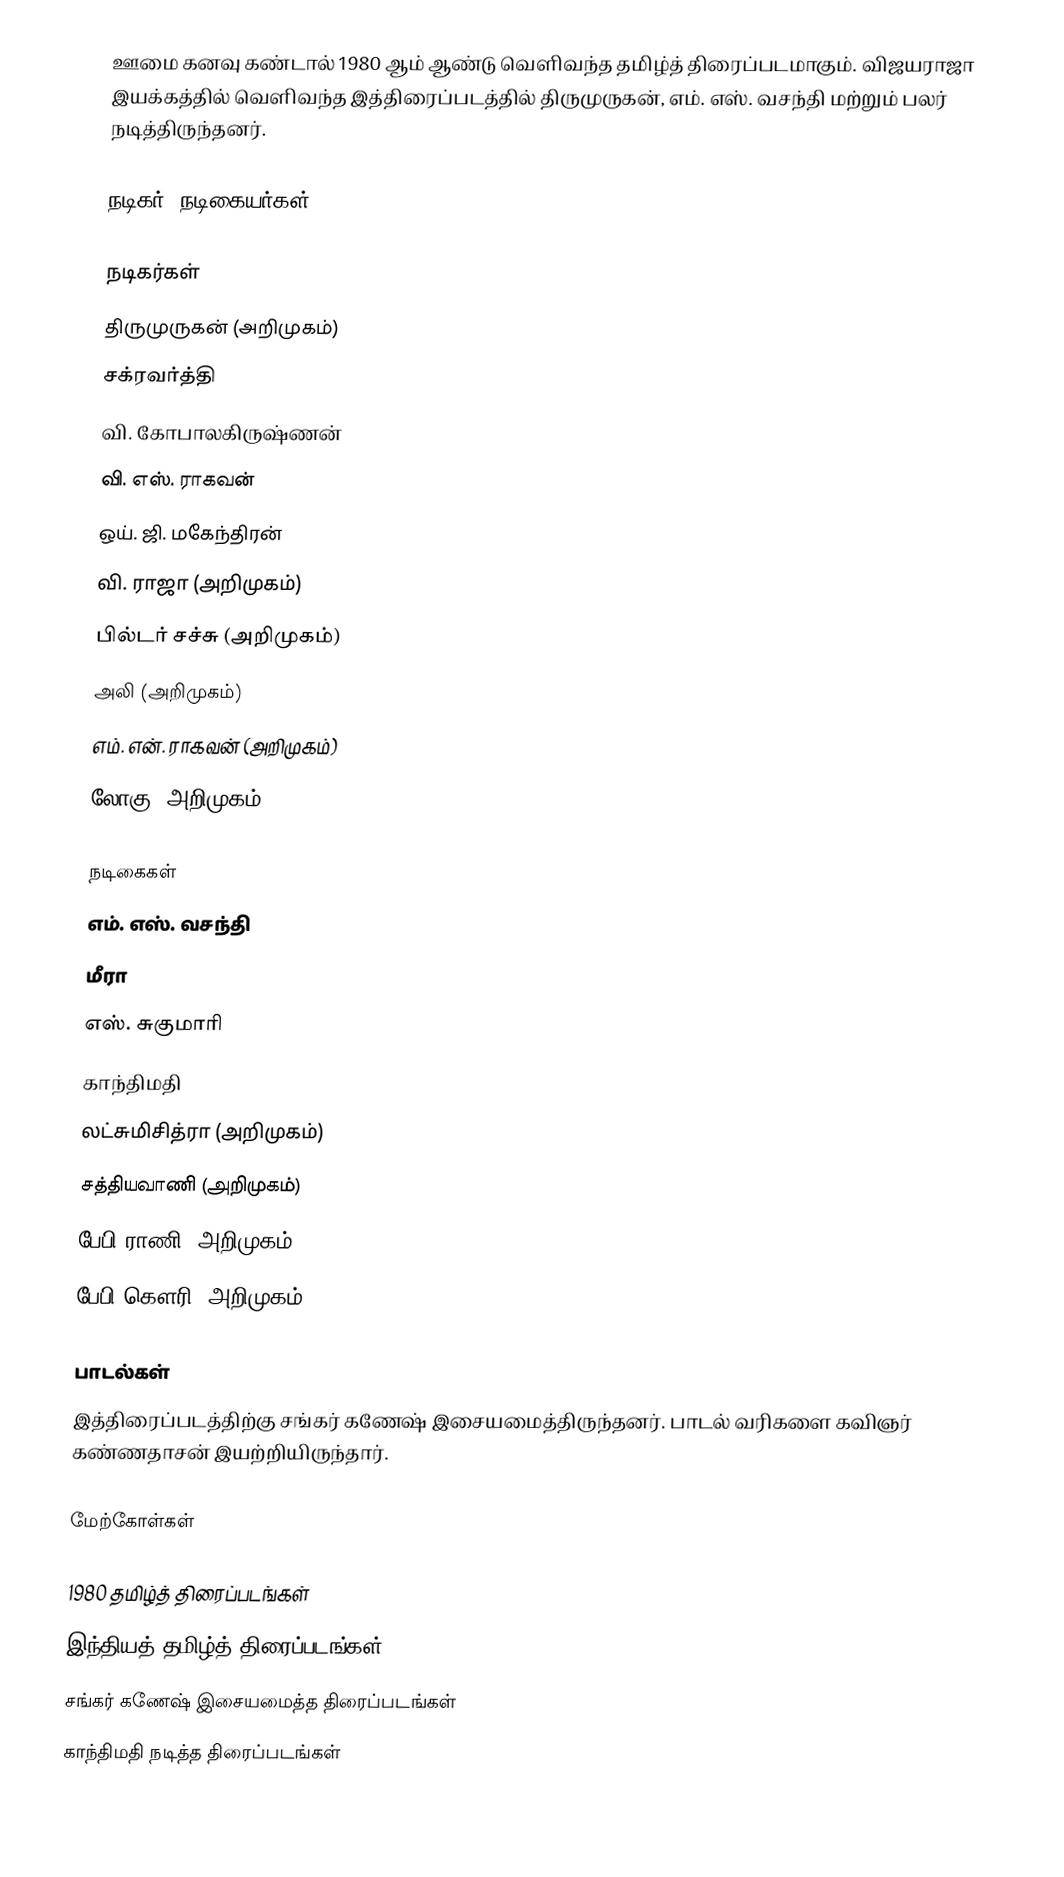
ஊமை கனவு கண்டால் 1980 ஆம் ஆண்டு வெளிவந்த தமிழ்த் திரைப்படமாகும். விஜயராஜா இயக்கத்தில் வெளிவந்த இத்திரைப்படத்தில் திருமுருகன், எம். எஸ். வசந்தி மற்றும் பலர் நடித்திருந்தனர்.

நடிகர், நடிகையர்கள்

நடிகர்கள்
 திருமுருகன் (அறிமுகம்)
 சக்ரவர்த்தி
 வி. கோபாலகிருஷ்ணன்
 வி. எஸ். ராகவன்
 ஒய். ஜி. மகேந்திரன்
 வி. ராஜா (அறிமுகம்)
 பில்டர் சச்சு (அறிமுகம்)
 அலி (அறிமுகம்)
 எம். என். ராகவன் (அறிமுகம்)
 லோகு (அறிமுகம்)

நடிகைகள்
 எம். எஸ். வசந்தி
 மீரா
 எஸ். சுகுமாரி
 காந்திமதி
 லட்சுமிசித்ரா (அறிமுகம்)
 சத்தியவாணி (அறிமுகம்)
 பேபி ராணி (அறிமுகம்)
 பேபி கௌரி (அறிமுகம்)

பாடல்கள்
இத்திரைப்படத்திற்கு சங்கர் கணேஷ் இசையமைத்திருந்தனர். பாடல் வரிகளை கவிஞர் கண்ணதாசன் இயற்றியிருந்தார்.

மேற்கோள்கள்

1980 தமிழ்த் திரைப்படங்கள்
இந்தியத் தமிழ்த் திரைப்படங்கள்
சங்கர் கணேஷ் இசையமைத்த திரைப்படங்கள்
காந்திமதி நடித்த திரைப்படங்கள்